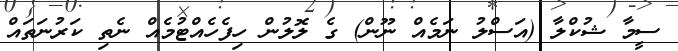
ސީމާ ޝުކްލާ (އަސްލު ނަމެއް ނޫން) ގެ ލޮލުން ހިފެހެއްޓުމެއް ނެތި ކަރުނަތައް